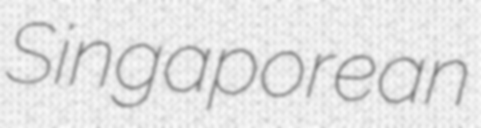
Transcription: Singaporean